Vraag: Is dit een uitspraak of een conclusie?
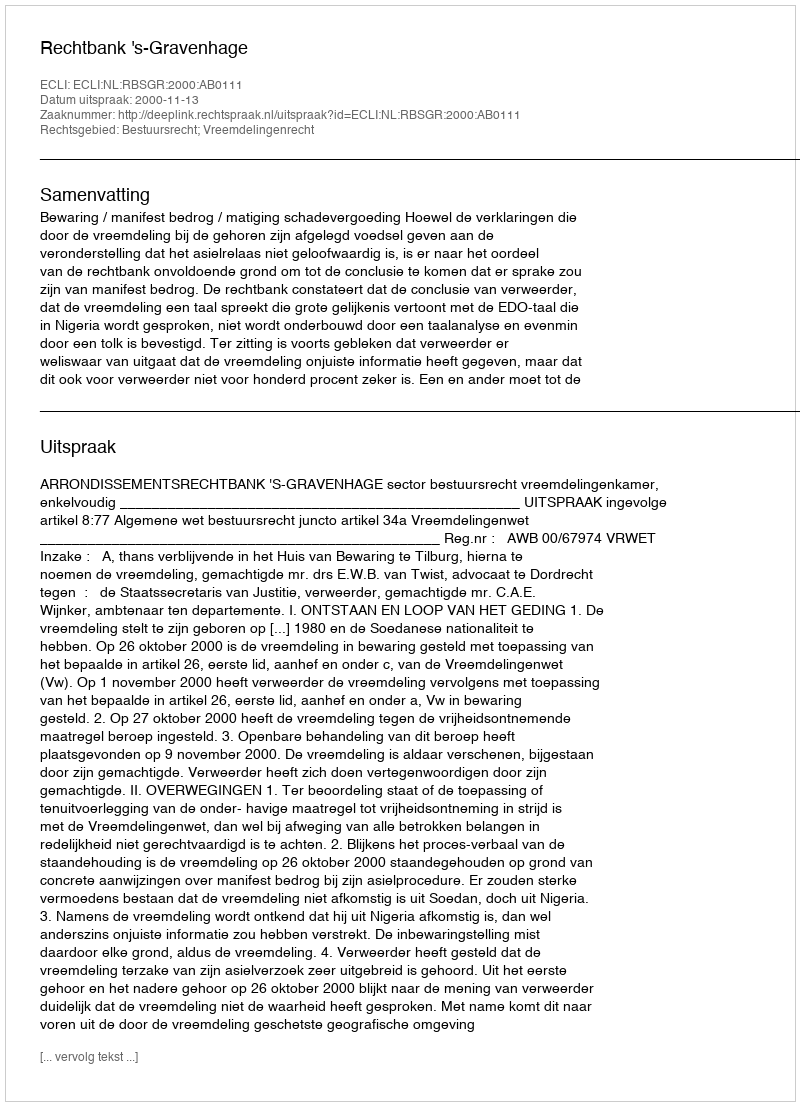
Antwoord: Uitspraak